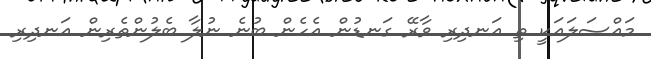
މައްސަލައަކީ ތި އަނދިރި ވާރޭ ގަނޑުން އެހެން ބުނެ ނުލާ ބެލުންތެރިން އަނދިރި